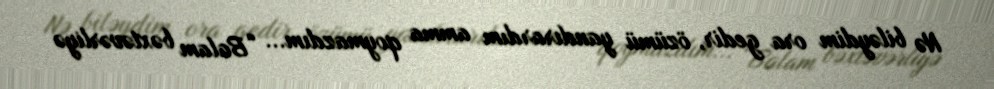
Nə biləydim ora gedir, özümü yandırardım amma qoymazdım... “Balam bəxtəvərliyə